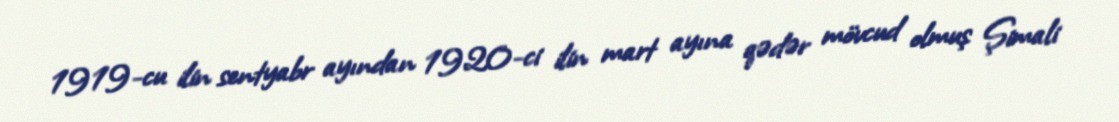
1919-cu ilin sentyabr ayından 1920-ci ilin mart ayına qədər mövcud olmuş Şimali